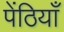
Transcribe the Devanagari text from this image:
पेंठियाँ